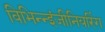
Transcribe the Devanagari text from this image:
विभिन्‍न्‍इंजीनियरिंग